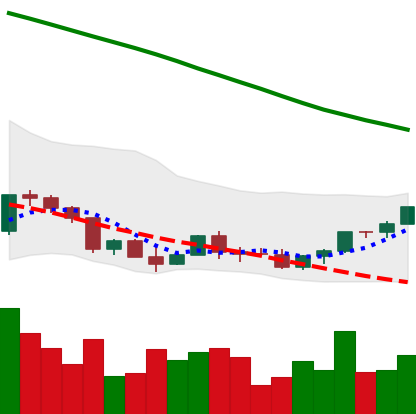
Ticker: EOS-USD
Chart end date: 2022-03-19
Forward return: 14.474%
Label: up_7plus